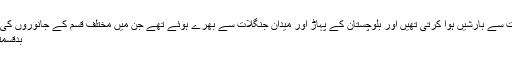
بلکہ یہاں کثرت سے بارشیں ہوا کرتی تھیں اور بلوچستان کے پہاڑ اور میدان جنگلات سے بھرے ہوئے تھے جن میں مختلف قسم کے جانوروں کی بہتات تھی ...
بدقسمتی والی موت ۔